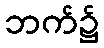
ဘက်၌